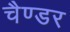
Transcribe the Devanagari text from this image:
चैण्डर